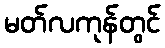
မတ်လကုန်တွင်